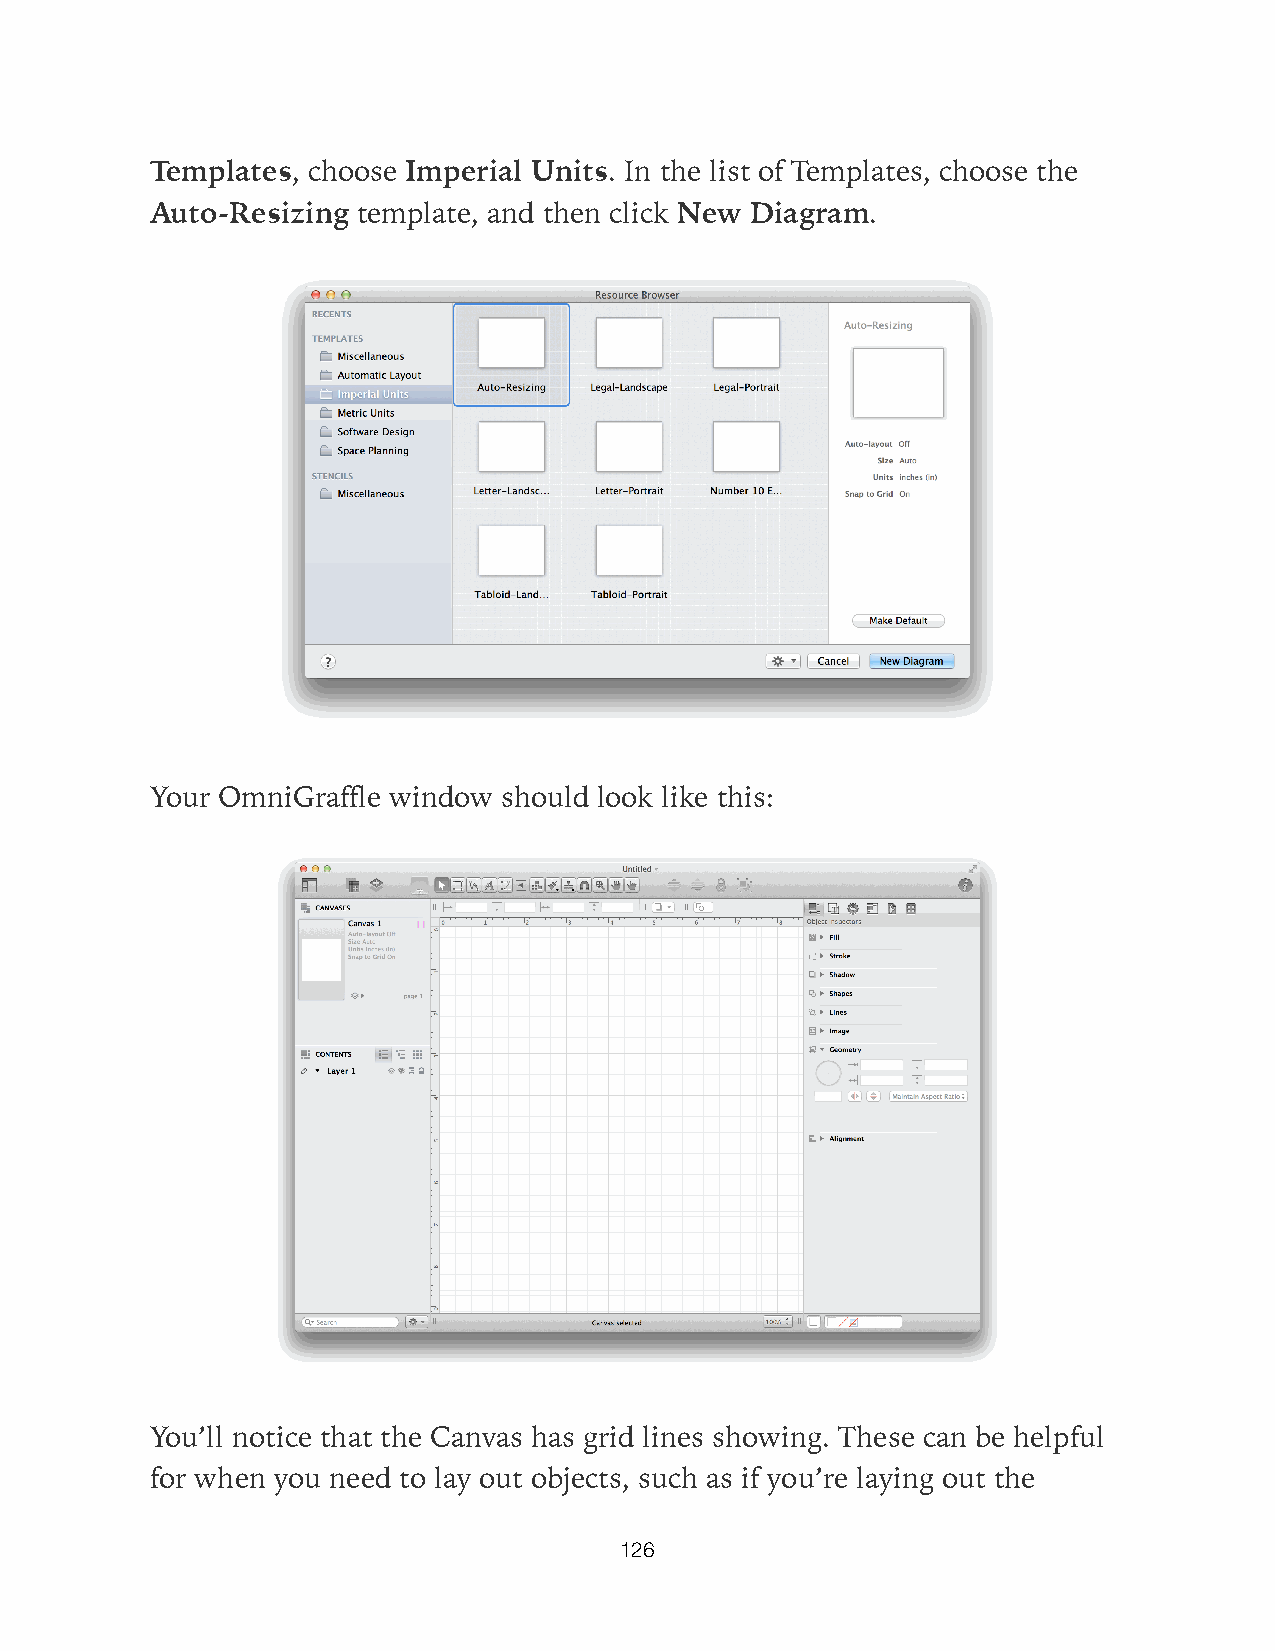
Templates, choose Imperial Units. In the list of Templates, choose the
 Auto-Resizing template, and then click New Diagram.
 Your OmniGraffle window should look like this:
 You’ll notice that the Canvas has grid lines showing. These can be helpful
 for when you need to lay out objects, such as if you’re laying out the
 126